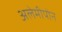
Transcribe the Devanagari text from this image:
अलेमीपोन